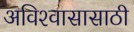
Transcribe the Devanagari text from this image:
अविश्‍वासासाठी